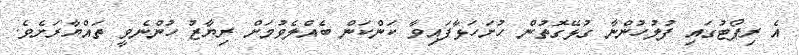
އެ ރިޕޯޓުގައި ފުލުހުންނާ ގުޅޭގޮތުން ހުށަހަޅާފައިވާ ކަންކަން ބެއްލެވުމަށް ރިޔާޒު ހުންނެވީ ތައްޔާރަށެވެ.